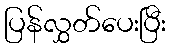
ပြန်လွှတ်ပေးပြီး